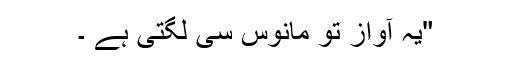
"یہ آواز تو مانوس سی لگتی ہے ۔